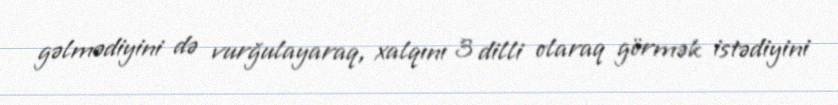
gəlmədiyini də vurğulayaraq, xalqını 3 dilli olaraq görmək istədiyini